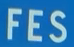
FES